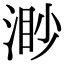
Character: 渺